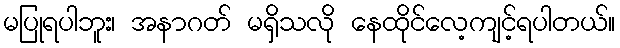
မပြုရပါဘူး၊ အနာဂတ် မရှိသလို နေထိုင်လေ့ကျင့်ရပါတယ်။